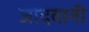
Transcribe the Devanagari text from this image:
जादवानी